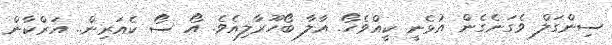
ސިންގަލް ވެގަނެގެން އުޅެނީ ކީއްވެހޯ. އާލާ ބޯހޫރާލިއެވެ. އޯ ސޯ ކެއަރިން.. އަރްކާން